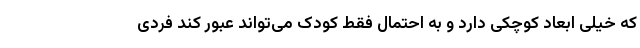
که خیلی ابعاد کوچکی دارد و به احتمال فقط کودک می‌تواند عبور کند فردی